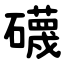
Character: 礣